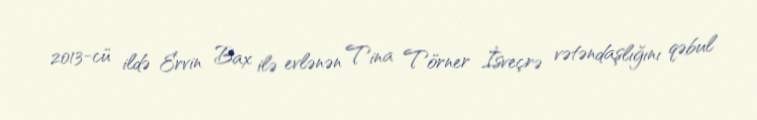
2013-cü ildə Ervin Bax ilə evlənən Tina Törner İsveçrə vətəndaşlığını qəbul